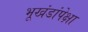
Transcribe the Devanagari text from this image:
भूखंडांपेक्षा